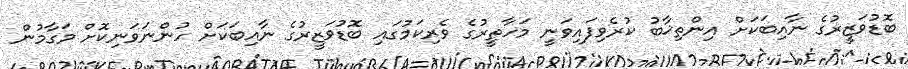
ބޮޑުވަޒީރުގެ ނާއިބަކަށް އިންތިޚާބު ކުރެވިފައިވަނީ މަހާތީރުގެ ވެރިކަމުގައި ބޮޑުވަޒީރުގެ ނާއިބަކަށް ހުންނަވަނިކޮށް މަގާމުން